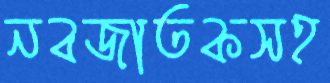
নবজাতকসহ